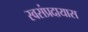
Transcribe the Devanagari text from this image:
स्वसंप्रदायास